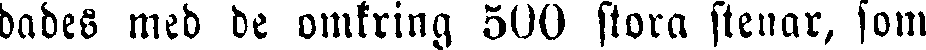
dades med de omkring 500 stora stenar, som